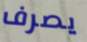
يصرف